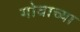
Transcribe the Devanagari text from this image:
गोवाच्या